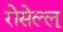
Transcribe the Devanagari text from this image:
रोसेल्ल्